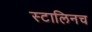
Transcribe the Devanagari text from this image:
स्टालिनच